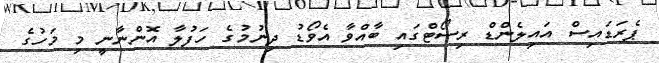
ޕެރަޑައިސް އައިލެންޑް ރިސޯޓްގައި ބާއްވާ އެވޯޑު ދިނުމުގެ ހަފުލާ އޮންނާނީ މި މަހުގެ